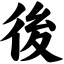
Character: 後